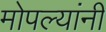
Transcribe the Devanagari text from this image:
मोपल्यांनी